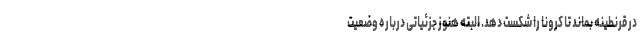
در قرنطینه بماند تا کرونا را شکست دهد. البته هنوز جزئیاتی درباره وضعیت